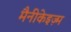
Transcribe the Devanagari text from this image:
मैनीकेइज़्म